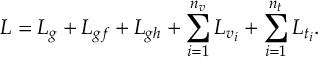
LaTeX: { \cal L } = { \cal L } _ { g } + { \cal L } _ { g f } + { \cal L } _ { g h } + \sum _ { i = 1 } ^ { n _ { v } } { \cal L } _ { v _ { i } } + \sum _ { i = 1 } ^ { n _ { t } } { \cal L } _ { t _ { i } } .